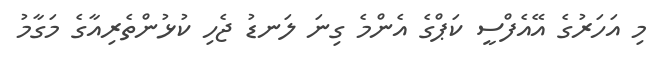
މި އަހަރުގެ އޭއެފްސީ ކަޕްގެ އެންމެ ގިނަ ލަނޑު ޖެހި ކުޅުންތެރިއާގެ މަގާމު